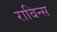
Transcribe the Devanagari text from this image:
राबिन्स